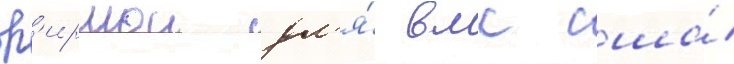
ф'ирмои дл'я́ вмс сша́